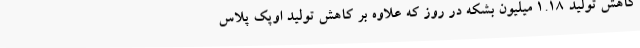
کاهش تولید 1.18 میلیون بشکه در روز که علاوه بر کاهش تولید اوپک پلاس